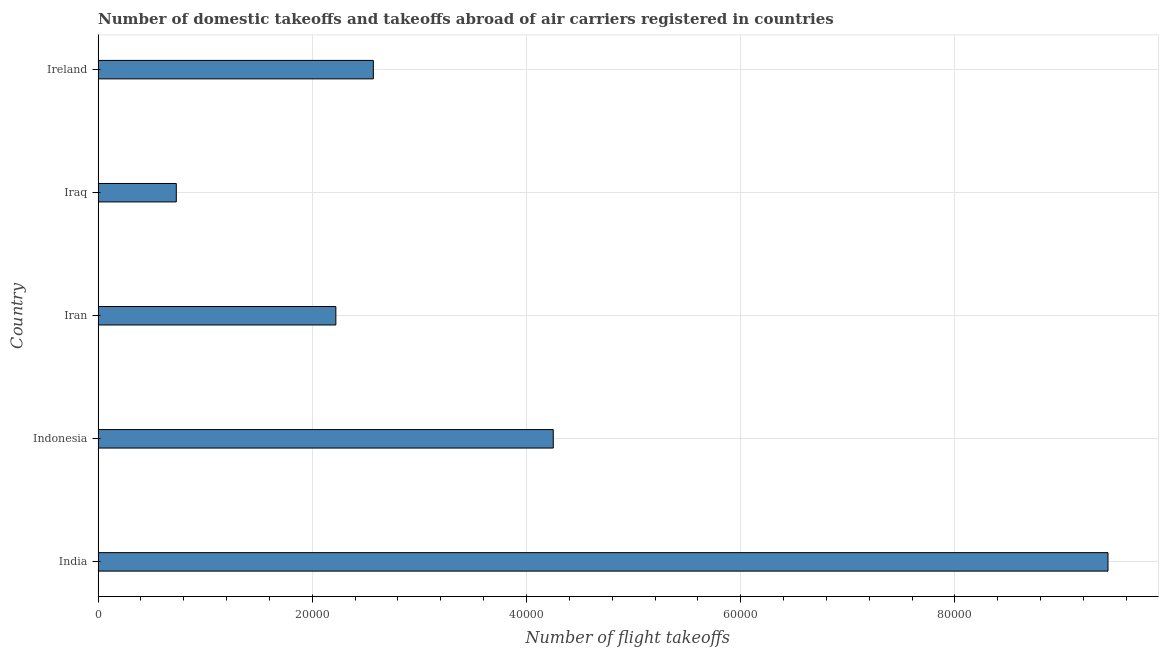
| Country | Air transport |
 | --- | --- |
 | India | 9.43e+04 |
 | Indonesia | 4.25e+04 |
 | Iran | 2.22e+04 |
 | Iraq | 7.3e+03 |
 | Ireland | 2.57e+04 |